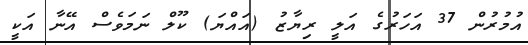
އުމުރުން 37 އަހަރުގެ އަލީ ރިޔާޒު (އައްޔަ) ކޫލް ނަމަވެސް އޭނާ އަކީ